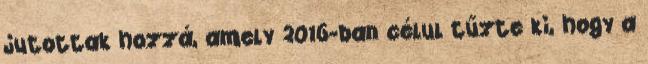
jutottak hozzá, amely 2016-ban célul tűzte ki, hogy a